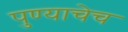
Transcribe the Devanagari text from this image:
पुण्याचेच